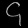
Digit: ၄